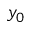
y _ { 0 }